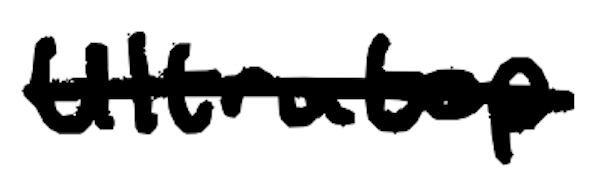
Text: Ultratop
Cross-out: single-line
Writing tool: digital_black